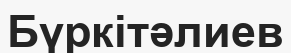
Бүркітәлиев